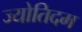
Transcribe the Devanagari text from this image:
ज्योतिदम